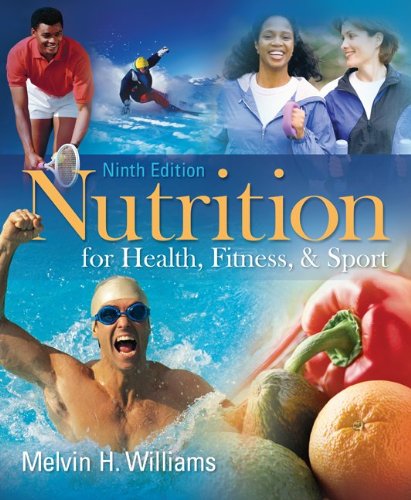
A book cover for Nutrition for Health, Fitness & Sport; Melvin Williams; Medical Books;